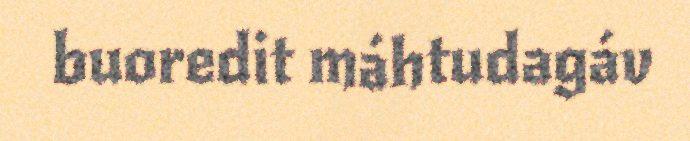
buoredit máhtudagáv